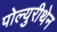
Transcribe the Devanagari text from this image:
पोल्युरीथेन